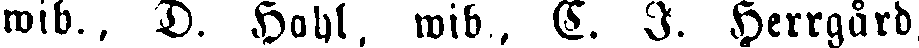
wib., D. Hahl, wib, C. I. Herrgård,